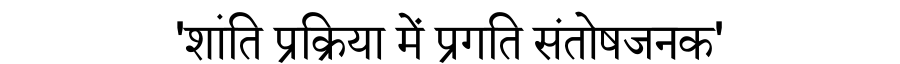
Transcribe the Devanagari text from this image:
'शांति प्रक्रिया में प्रगति संतोषजनक'